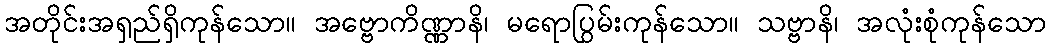
အတိုင်းအရှည်ရှိကုန်သော။ အဗ္ဗောကိဏ္ဏာနိ၊ မရောပြွမ်းကုန်သော။ သဗ္ဗာနိ၊ အလုံးစုံကုန်သော